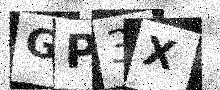
Text: GP3X